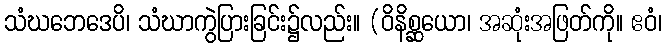
သံဃဘေဒေပိ၊ သံဃာကွဲပြားခြင်း၌လည်း။ (ဝိနိစ္ဆယော၊ အဆုံးအဖြတ်ကို။ ဧဝံ၊